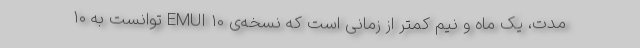
مدت، یک ماه و نیم کمتر از زمانی است که نسخه‌ی EMUI 10 توانست به ۱۰